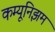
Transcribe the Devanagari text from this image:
कम्यूनिझम